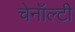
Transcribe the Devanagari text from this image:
चेनॉल्टी